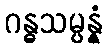
ဂန္ဓသမ္ပန္နံ